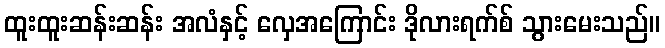
ထူးထူးဆန်းဆန်း အလံနှင့် လှေအကြောင်း ဒိုလားရက်စ် သွားမေးသည်။